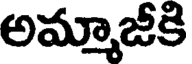
అమ్మాజీకి